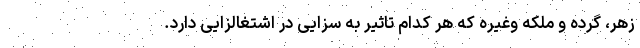
زهر، گرده و ملکه وغیره که هر کدام تاثیر به سزایی در اشتغالزایی دارد.